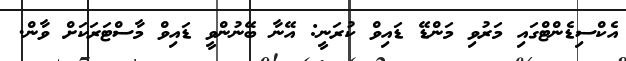
އެކްސިޑެންޓްގައި މަރުވި މަންޑޭ ޑައިވް ކުރަނީ: އޭނާ ބޭނުންވީ ޑައިވް މާސްޓަރަކަށް ވާން.